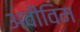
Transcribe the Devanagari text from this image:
अवीविम